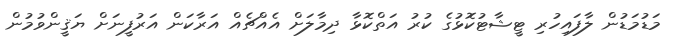
މަޑުމަޑުން ލާފައިހުރި ޓީޝާޓުކޮޅުގެ ކުރު އަތްކޮޅާ ދިމާލަށް އެއްޗެއް އަރާކަން އަރުފީނަށް ޔަޤީންވުމުން